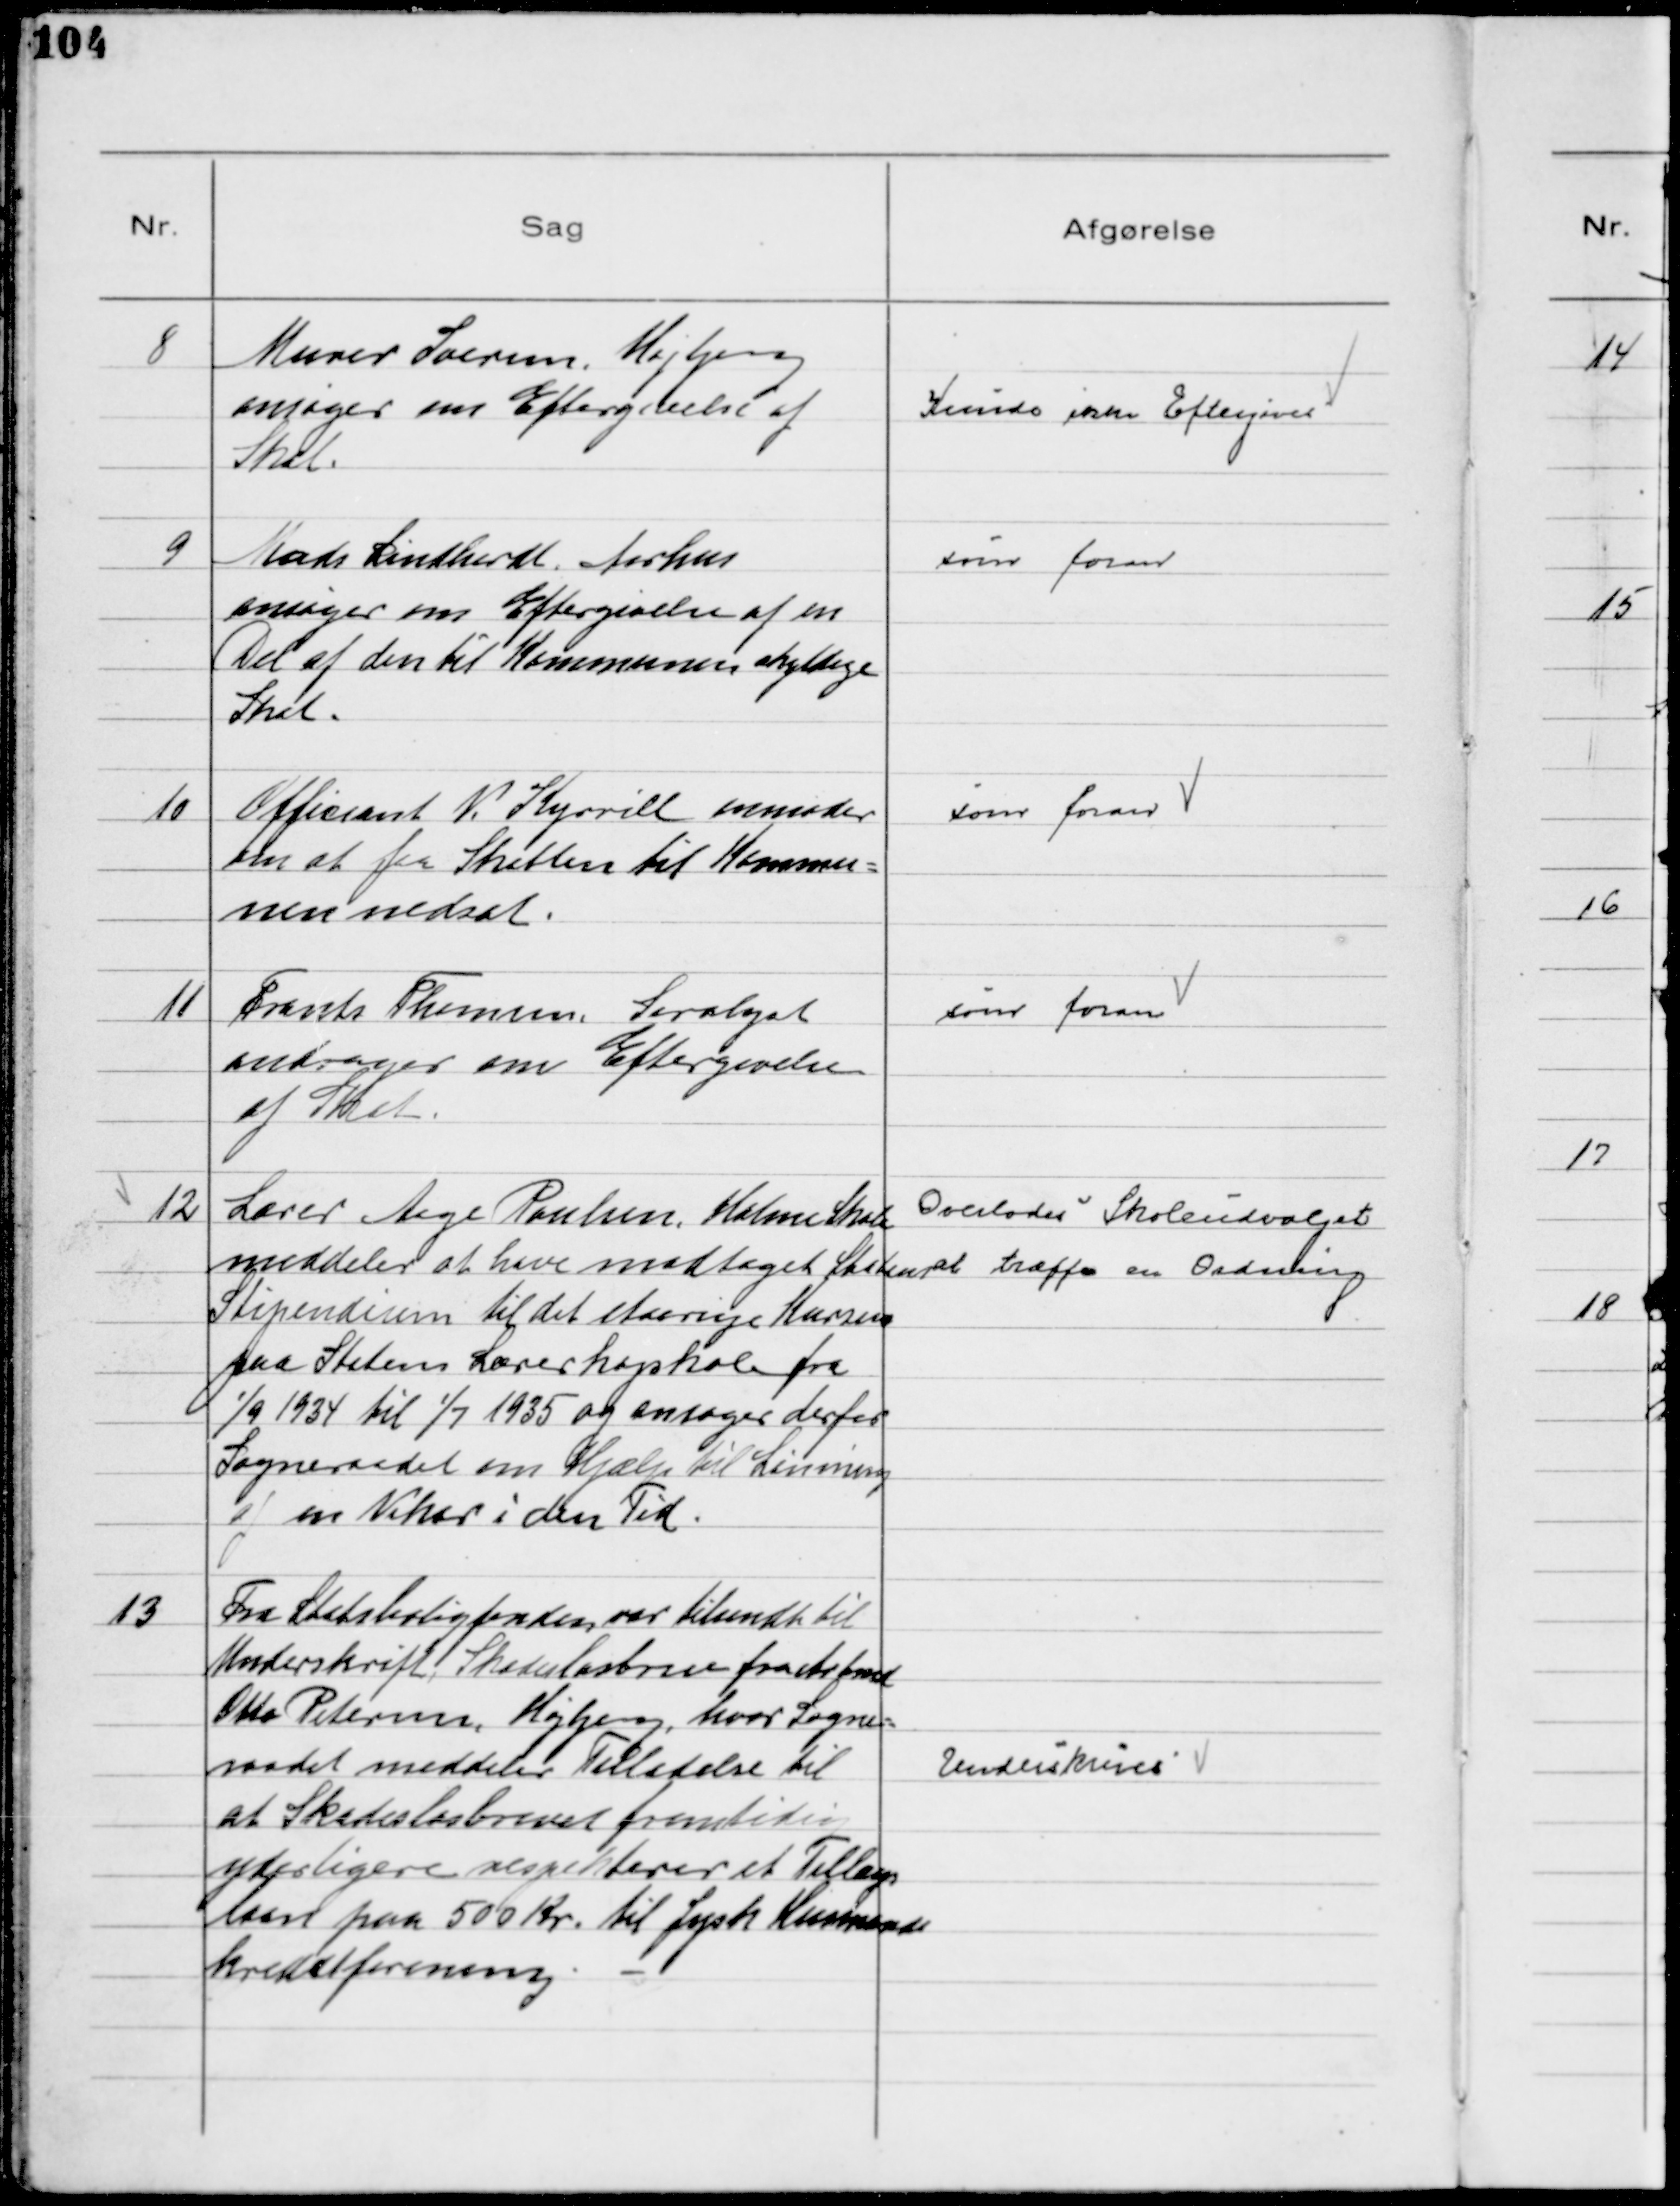
Transskription:
8
Murer Iversen, Højbjerg
ansøger om Eftergivelse af
Skat.

Kunde ikke Eftergives

9
Mads Lindhardt, Aarhus
ansøger om Eftergivelse af en
Del af den til Kommunen skyldige
Skat.

som foran

10
Officiant V. Kyrrill anmoder
om at faa Skatten til Kommu=
nen nedsat.

som foran

11
Frants Thomsen, Saralyst
andrager om Eftergivelse
af Skat.

som foran

12
Lærer Aage Poulsen, Holme Skole
meddeler at have modtaget Statens
Stipendium til det etaarige Kursus
paa Statens Lærerhøjskole fra
1/9 1934 til 1/7 1935 og ansøger derfor
Sogneraadet om Hjælp til Lønning
af en Vikar i den Tid.
Overlodes Skoleudvalget
at træffe en Ordning

13
Fra Statsboligfonden var tilsendt til
Underskrift Skadesløsbrev fra Arbmd
Otto Petersen, Højbjerg, hvor Sogne=
raadet meddeler Tilladelse til
at Skadesløsbrevet fremtidig
yderligere respekterer et Tillægs
laan paa 500 Kr. til Jysk Husmands
kreditforening

Underskrives